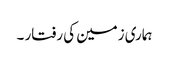
ہماری زمین کی رفتار ۔